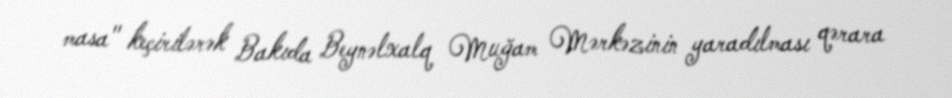
masa" keçirilərək Bakıda Beynəlxalq Muğam Mərkəzinin yaradılması qərara